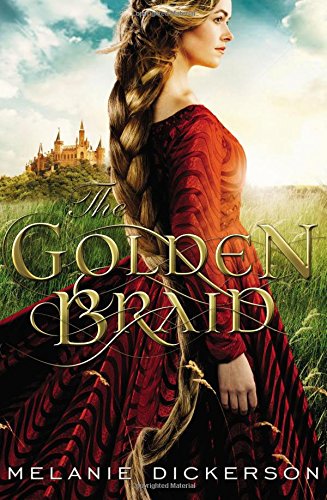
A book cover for The Golden Braid; Melanie Dickerson; Teen & Young Adult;